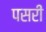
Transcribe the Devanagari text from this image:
पसरीं